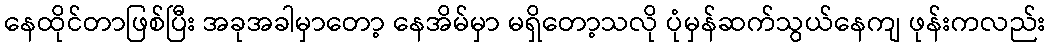
နေထိုင်တာဖြစ်ပြီး အခုအခါမှာတော့ နေအိမ်မှာ မရှိတော့သလို ပုံမှန်ဆက်သွယ်နေကျ ဖုန်းကလည်း